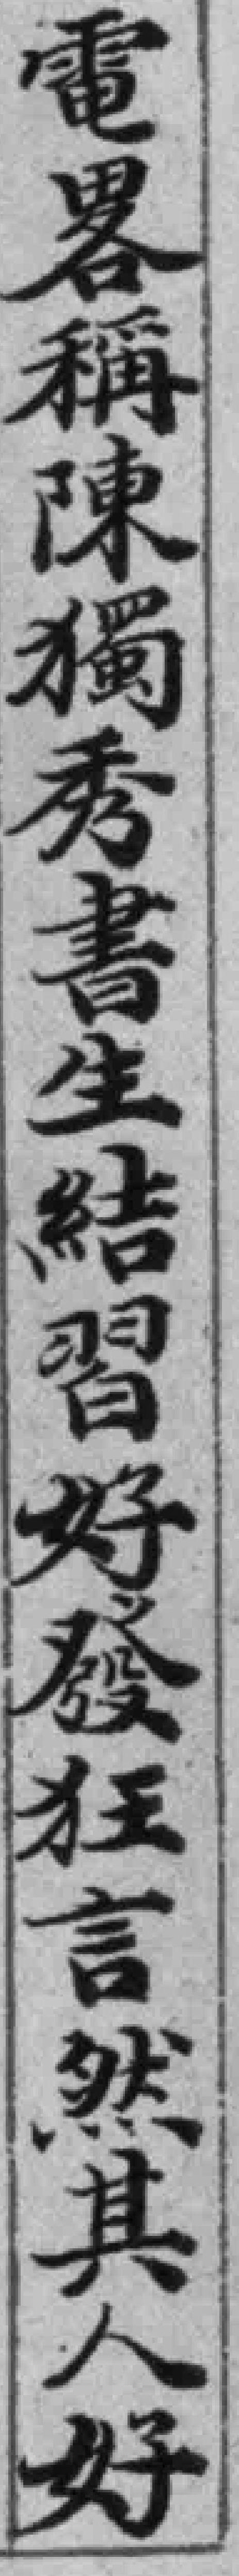
電畧稱陳獨秀書生結習好發狂言然其人好